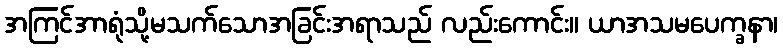
အကြင်အာရုံသို့မသက်သောအခြင်းအရာသည် လည်းကောင်း။ ယာအသမပေက္ခနာ၊